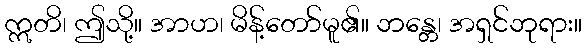
ဣတိ၊ ဤသို့။ အာဟ၊ မိန့်တော်မူ၏။ ဘန္တေ၊ အရှင်ဘုရား။